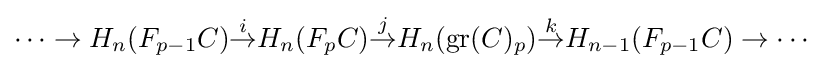
\cdots \to H_{n}(F_{p-1}C){\overset {i}{\to }}H_{n}(F_{p}C){\overset {j}{\to }}H_{n}(\operatorname {gr} (C)_{p}){\overset {k}{\to }}H_{n-1}(F_{p-1}C)\to \cdots